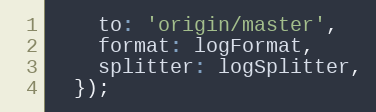
Language: JavaScript
    to: 'origin/master',
    format: logFormat,
    splitter: logSplitter,
  });